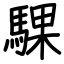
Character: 騍